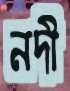
নদী